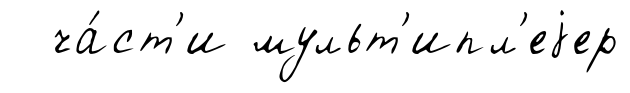
ча́ст'и мульт'ипл'еjер